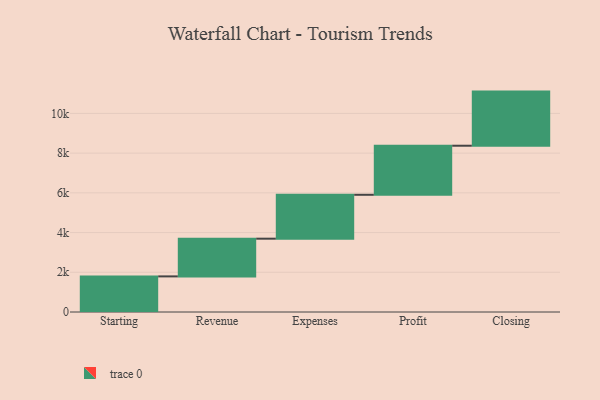
{"axis": {"x": "Step", "y": "Value"}, "legend": [""], "data": [{"x": "Starting", "y": 1793.0, "type": ""}, {"x": "Revenue", "y": 1899.0, "type": ""}, {"x": "Expenses", "y": 2210.0, "type": ""}, {"x": "Profit", "y": 2471.0, "type": ""}, {"x": "Closing", "y": 2725.0, "type": ""}]}